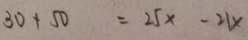
3 0 + 5 0 = 2 5 x - 2 1 x